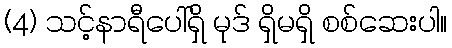
(4) သင့်နာရီပေါ်ရှိ မုဒ် ရှိမရှိ စစ်ဆေးပါ။